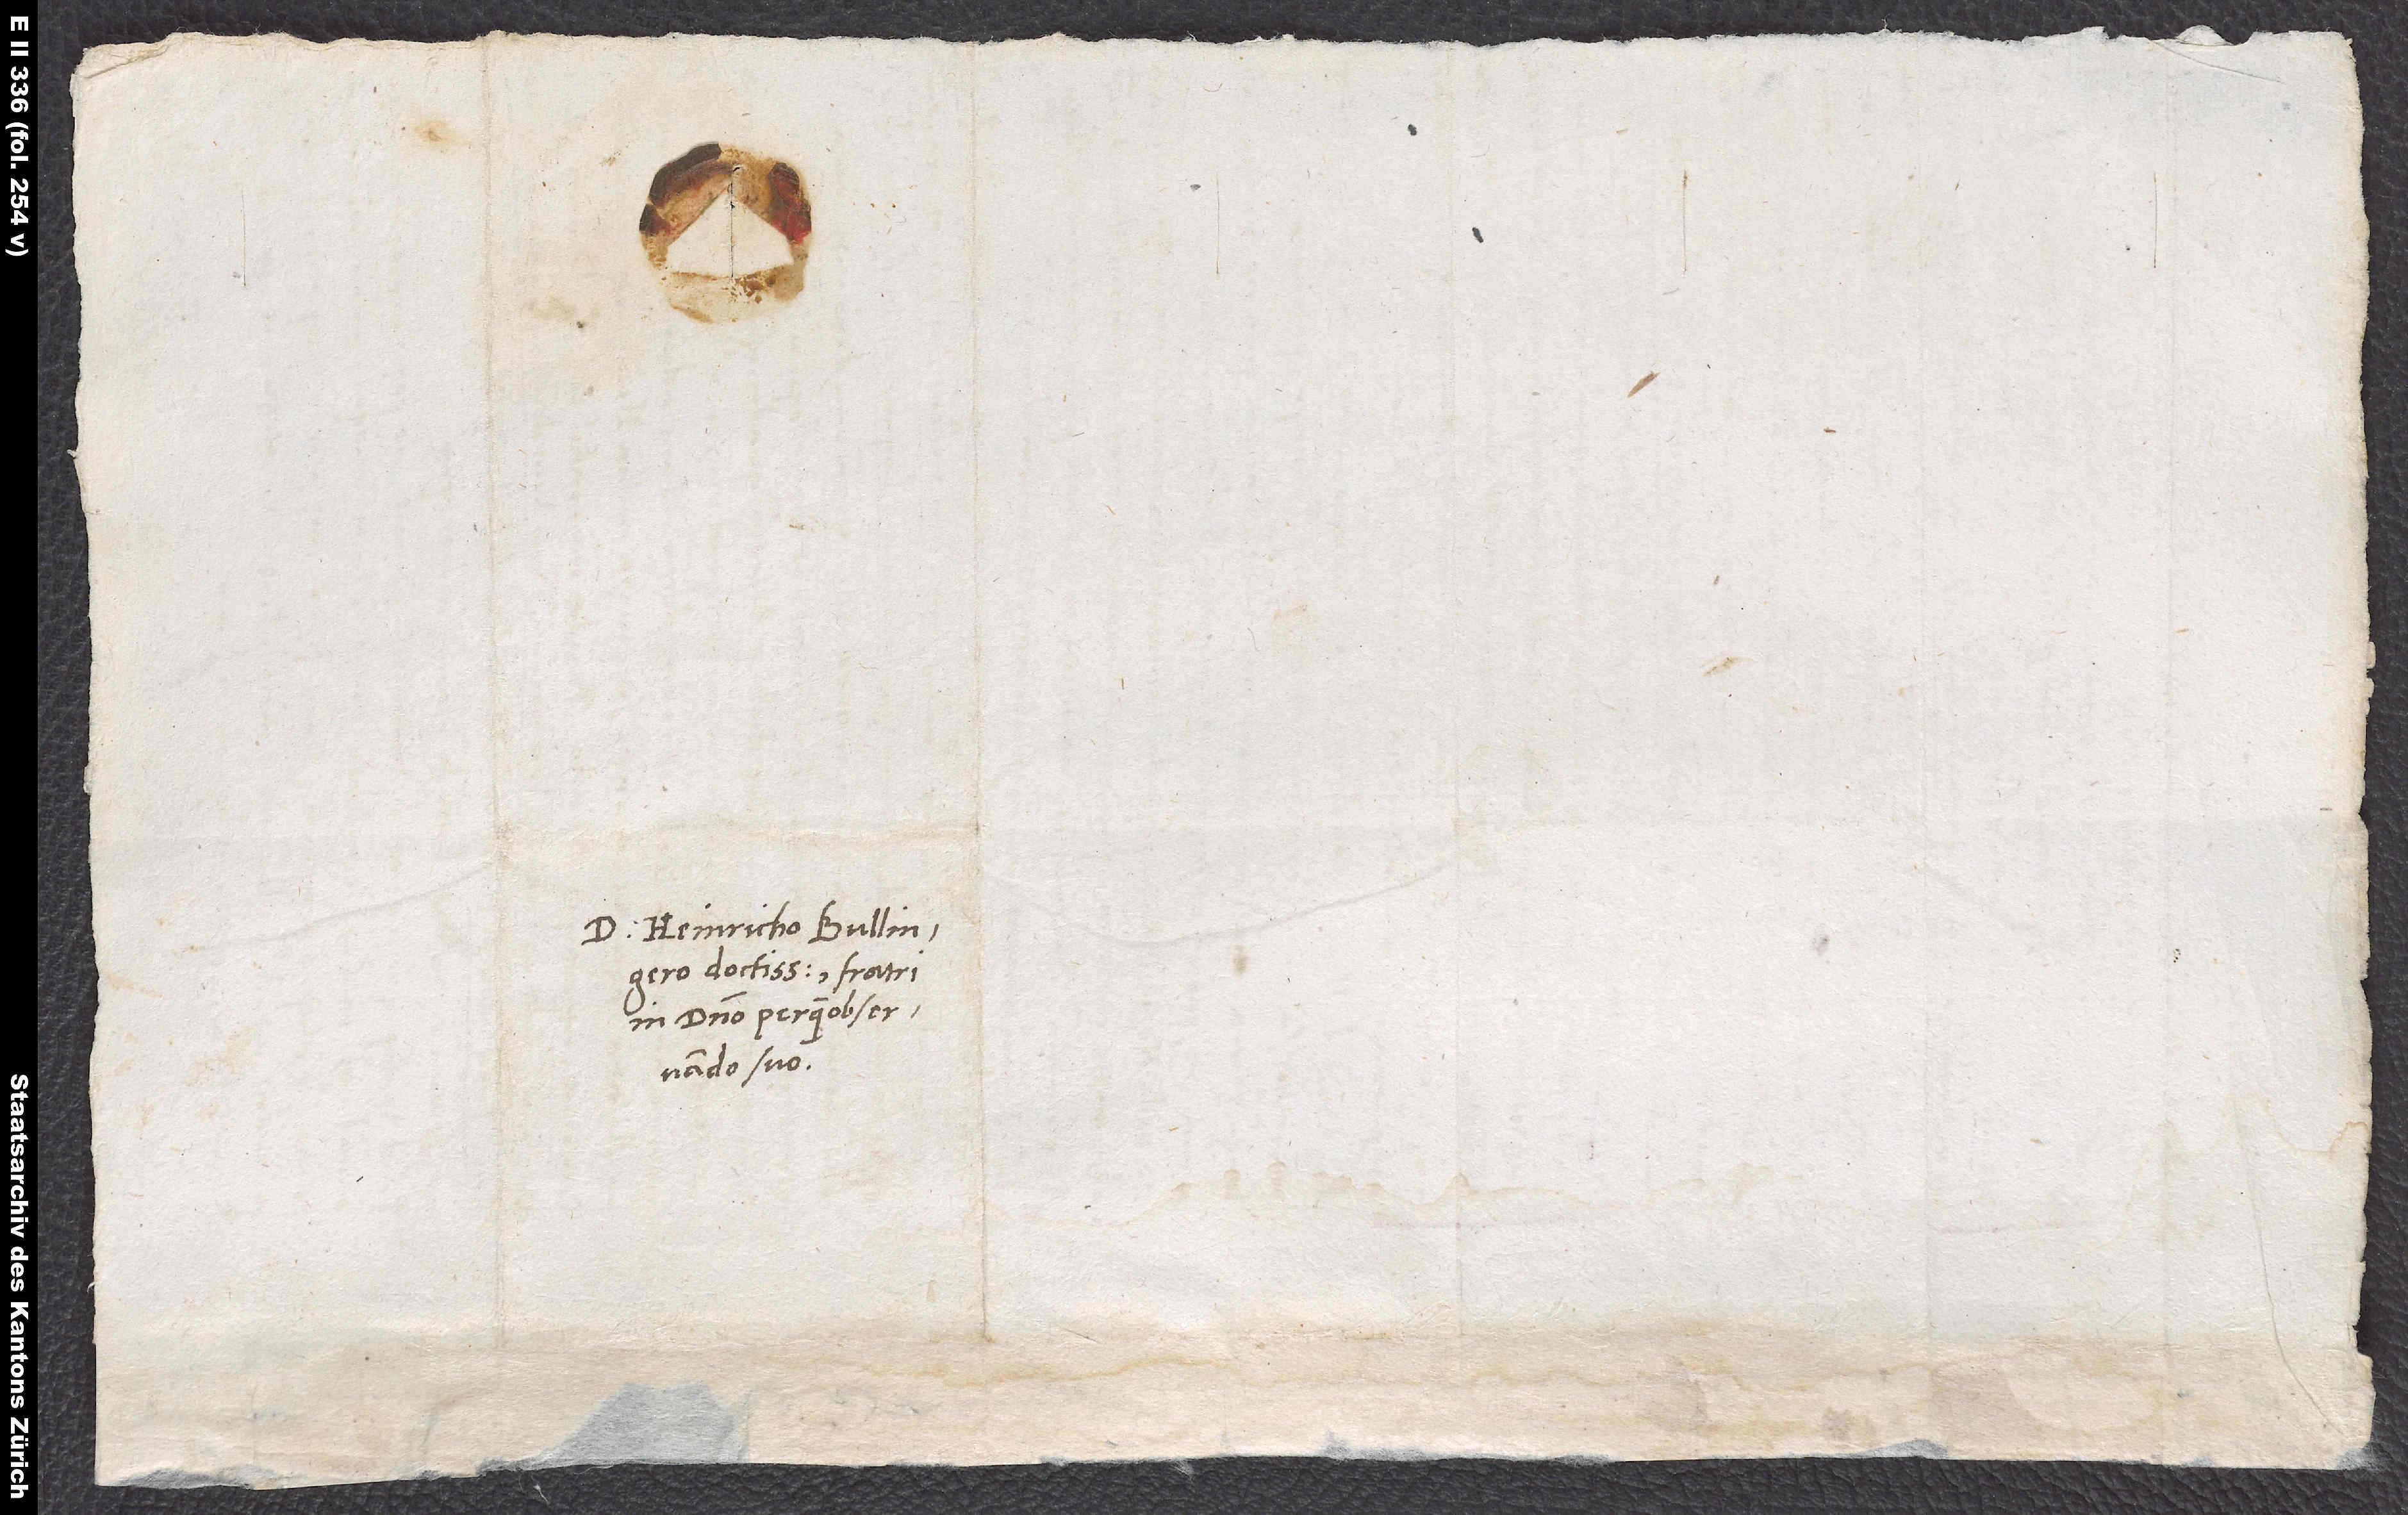
S.

D. Heinricho Bullingero
doctissimo, fratri
in domino perquam observando
suo.